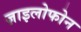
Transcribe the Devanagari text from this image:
ज़ाइलोफोन